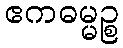
ဧကဓမ္မဉ္စ